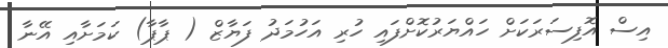
އިސް އޮފިސަރަކަށް ހައްޔަރުކޮށްފައި ހުރި އަހުމަދު ފަޔާޒް ( ޕާޕާ) ކަމަށާއި އޭނާ